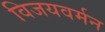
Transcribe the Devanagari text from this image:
विजयवर्मन